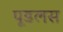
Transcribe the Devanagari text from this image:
पूडलस